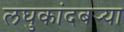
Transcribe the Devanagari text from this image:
लघुकांदबर्‍या